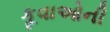
કૂવાઓની